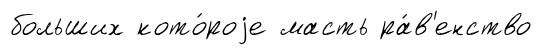
больших кото́роjе масть ра́в'енство